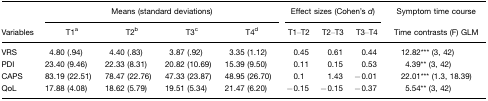
<table><thead><tr><td></td><td colspan="4"><b>Means (standard deviations)</b></td><td colspan="3"><b>Effect sizes (Cohen&#x27;s <i>d</i>)</b></td><td><b>Symptom time course</b></td></tr><tr><td><b>Variables</b></td><td><b>T1a</b></td><td><b>T2b</b></td><td><b>T3c</b></td><td><b>T4d</b></td><td><b>T1–T2</b></td><td><b>T2–T3</b></td><td><b>T3–T4</b></td><td><b>Time contrasts (F) GLM</b></td></tr></thead><tbody><tr><td>VRS</td><td>4.80 (.94)</td><td>4.40 (.83)</td><td>3.87 (.92)</td><td>3.35 (1.12)</td><td>0.45</td><td>0.61</td><td>0.44</td><td>12.82*** (3, 42)</td></tr><tr><td>PDI</td><td>23.40 (9.46)</td><td>22.33 (8.31)</td><td>20.82 (10.69)</td><td>15.39 (9.50)</td><td>0.11</td><td>0.15</td><td>0.53</td><td>4.39** (3, 42)</td></tr><tr><td>CAPS</td><td>83.19 (22.51)</td><td>78.47 (22.76)</td><td>47.33 (23.87)</td><td>48.95 (26.70)</td><td>0.1</td><td>1.43</td><td>−0.01</td><td>22.01*** (1.3, 18.39)</td></tr><tr><td>QoL</td><td>17.88 (4.08)</td><td>18.62 (5.79)</td><td>19.51 (5.34)</td><td>21.47 (6.20)</td><td>−0.15</td><td>−0.15</td><td>−0.37</td><td>5.54** (3, 42)</td></tr></tbody></table>